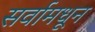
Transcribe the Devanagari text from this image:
सर्वामधून